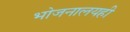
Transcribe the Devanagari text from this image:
भोजनालयही